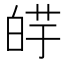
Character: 𰱕